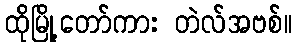
ထိုမြို့တော်ကား တဲလ်အဗစ်။